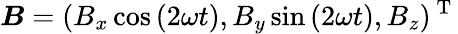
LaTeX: \boldsymbol{B}=(B_{x}\cos{(2\omega t)},B_{y}\sin{(2\omega t)},B_{z})^{\mathrm{~T~}}